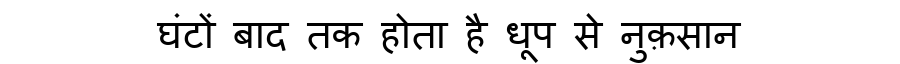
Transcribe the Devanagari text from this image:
घंटों बाद तक होता है धूप से नुक़सान